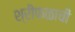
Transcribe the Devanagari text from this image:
श्रीफळाची